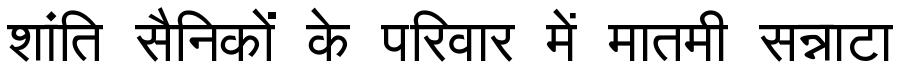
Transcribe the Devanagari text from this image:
शांति सैनिकों के परिवार में मातमी सन्नाटा